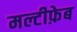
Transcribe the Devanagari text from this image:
मल्टीफ़ेब